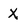
Character: X